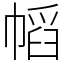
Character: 幍